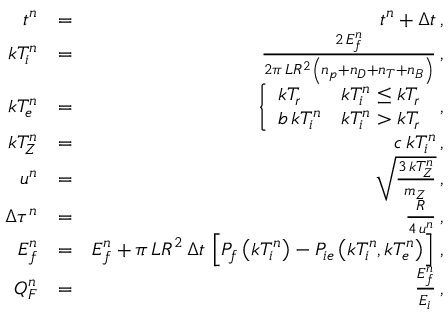
\begin{array} { r l r } { t ^ { n } } & { = } & { t ^ { n } + \Delta t \, , } \\ { k T _ { i } ^ { n } } & { = } & { \frac { 2 \, E _ { f } ^ { n } } { 2 \pi \, L R ^ { 2 } \left( n _ { p } + n _ { D } + n _ { T } + n _ { B } \right) } \, , } \\ { k T _ { e } ^ { n } } & { = } & { \left\{ \begin{array} { l l } { k T _ { r } } & { k T _ { i } ^ { n } \le k T _ { r } } \\ { b \, k T _ { i } ^ { n } } & { k T _ { i } ^ { n } > k T _ { r } } \end{array} \right. \, , } \\ { k T _ { Z } ^ { n } } & { = } & { c \, k T _ { i } ^ { n } \, , } \\ { u ^ { n } } & { = } & { \sqrt { \frac { 3 \, k T _ { Z } ^ { n } } { m _ { Z } } } \, , } \\ { \Delta \tau ^ { n } } & { = } & { \frac { R } { 4 \, u ^ { n } } \, , } \\ { E _ { f } ^ { n } } & { = } & { E _ { f } ^ { n } + \pi \, L R ^ { 2 } \, \Delta t \, \left[ P _ { f } \left( k T _ { i } ^ { n } \right) - P _ { i e } \left( k T _ { i } ^ { n } , k T _ { e } ^ { n } \right) \right] \, , } \\ { Q _ { F } ^ { n } } & { = } & { \frac { E _ { f } ^ { n } } { E _ { i } } \, , } \end{array}